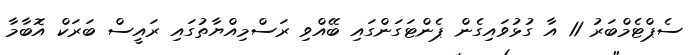
ސެޕްޓެމްބަރު 11 އާ ގުޅުވައިގެން ޕެންޓަގަންގައި ބޭއްވި ރަސްމިއްޔާތުގައި ރައީސް ބަރަކް އޮބާމާ